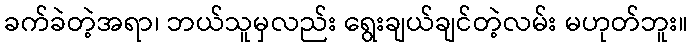
ခက်ခဲတဲ့အရာ၊ ဘယ်သူမှလည်း ရွေးချယ်ချင်တဲ့လမ်း မဟုတ်ဘူး။